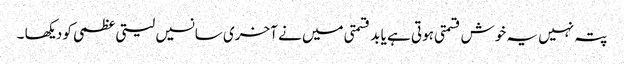
پتہ نہیں یہ خوش قسمتی ہوتی ہے یا بد قسمتی میں نے آخری سانسیں لیتی عظمی کو دیکھا ۔